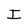
Character: I